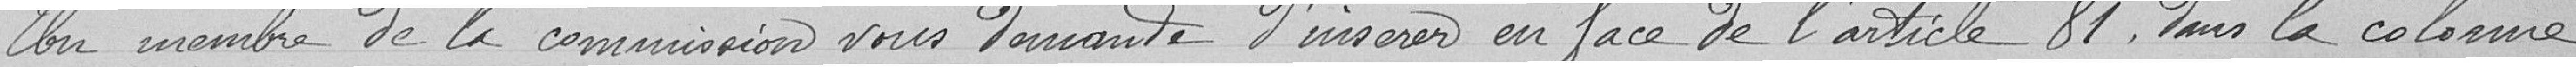
Un membre de la commission vous demande d'insérer en face de l'article 81 dans la colonne